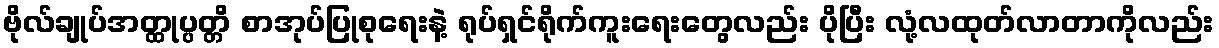
ဗိုလ်ချုပ်အတ္ထုပ္ပတ္တိ စာအုပ်ပြုစုရေးနဲ့ ရုပ်ရှင်ရိုက်ကူးရေးတွေလည်း ပိုပြီး လုံ့လထုတ်လာတာကိုလည်း